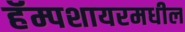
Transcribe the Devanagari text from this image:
हॅम्पशायरमधील